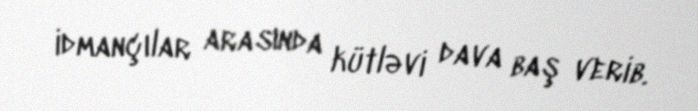
idmançılar arasında kütləvi dava baş verib.